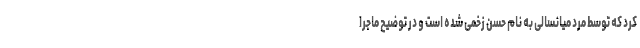
کرد که توسط مرد میانسالی به نام حسن زخمی شده است و در توضیح ماجرا